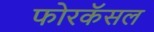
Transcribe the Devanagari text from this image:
फोरकॅसल